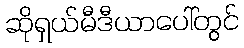
ဆိုရှယ်မီဒီယာပေါ်တွင်